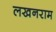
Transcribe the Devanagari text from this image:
लखनराम